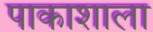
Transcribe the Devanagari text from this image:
पाकाशाला